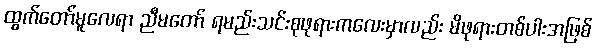
ထွက်တော်မူလေရာ ညီမတော် ရမည်းသင်းစုဖုရားကလေးမှာလည်း မိဖုရားတစ်ပါးအဖြစ်